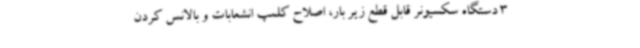
3 دستگاه سکسیونر قابل قطع زیر بار، اصلاح کلمپ انشعابات و بالانس کردن